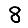
Digit: 8